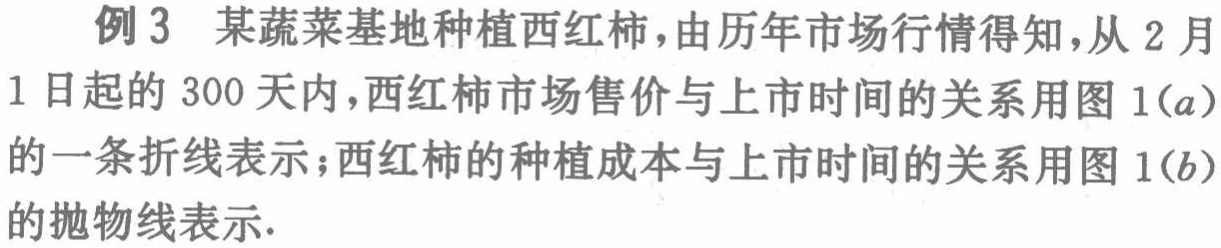
例 3 某蔬菜基地种植西红柿，由历年市场行情得知，从 2 月1 日起的 300 天内，西红柿市场售价与上市时间的关系用图 1(a)的一条折线表示；西红柿的种植成本与上市时间的关系用图 1(b)的抛物线表示.